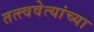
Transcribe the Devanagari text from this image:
तत्त्ववेत्यांच्या